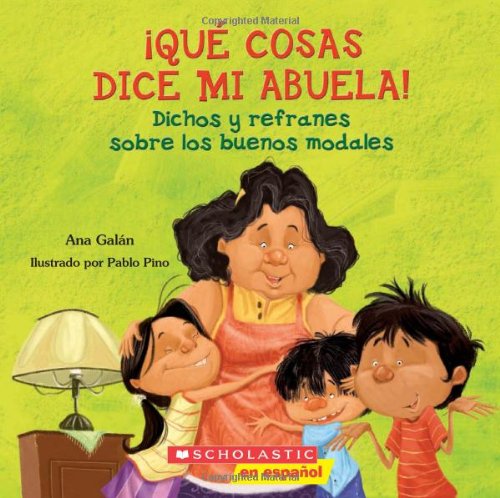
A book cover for QuÃ© cosas dice mi abuela: (Spanish language edition of The Things My Grandmother Says) (Spanish Edition); Ana Galan; Children's Books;